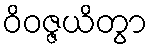
ဝိဝဇ္ဇယိတွာ